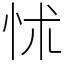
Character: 怵